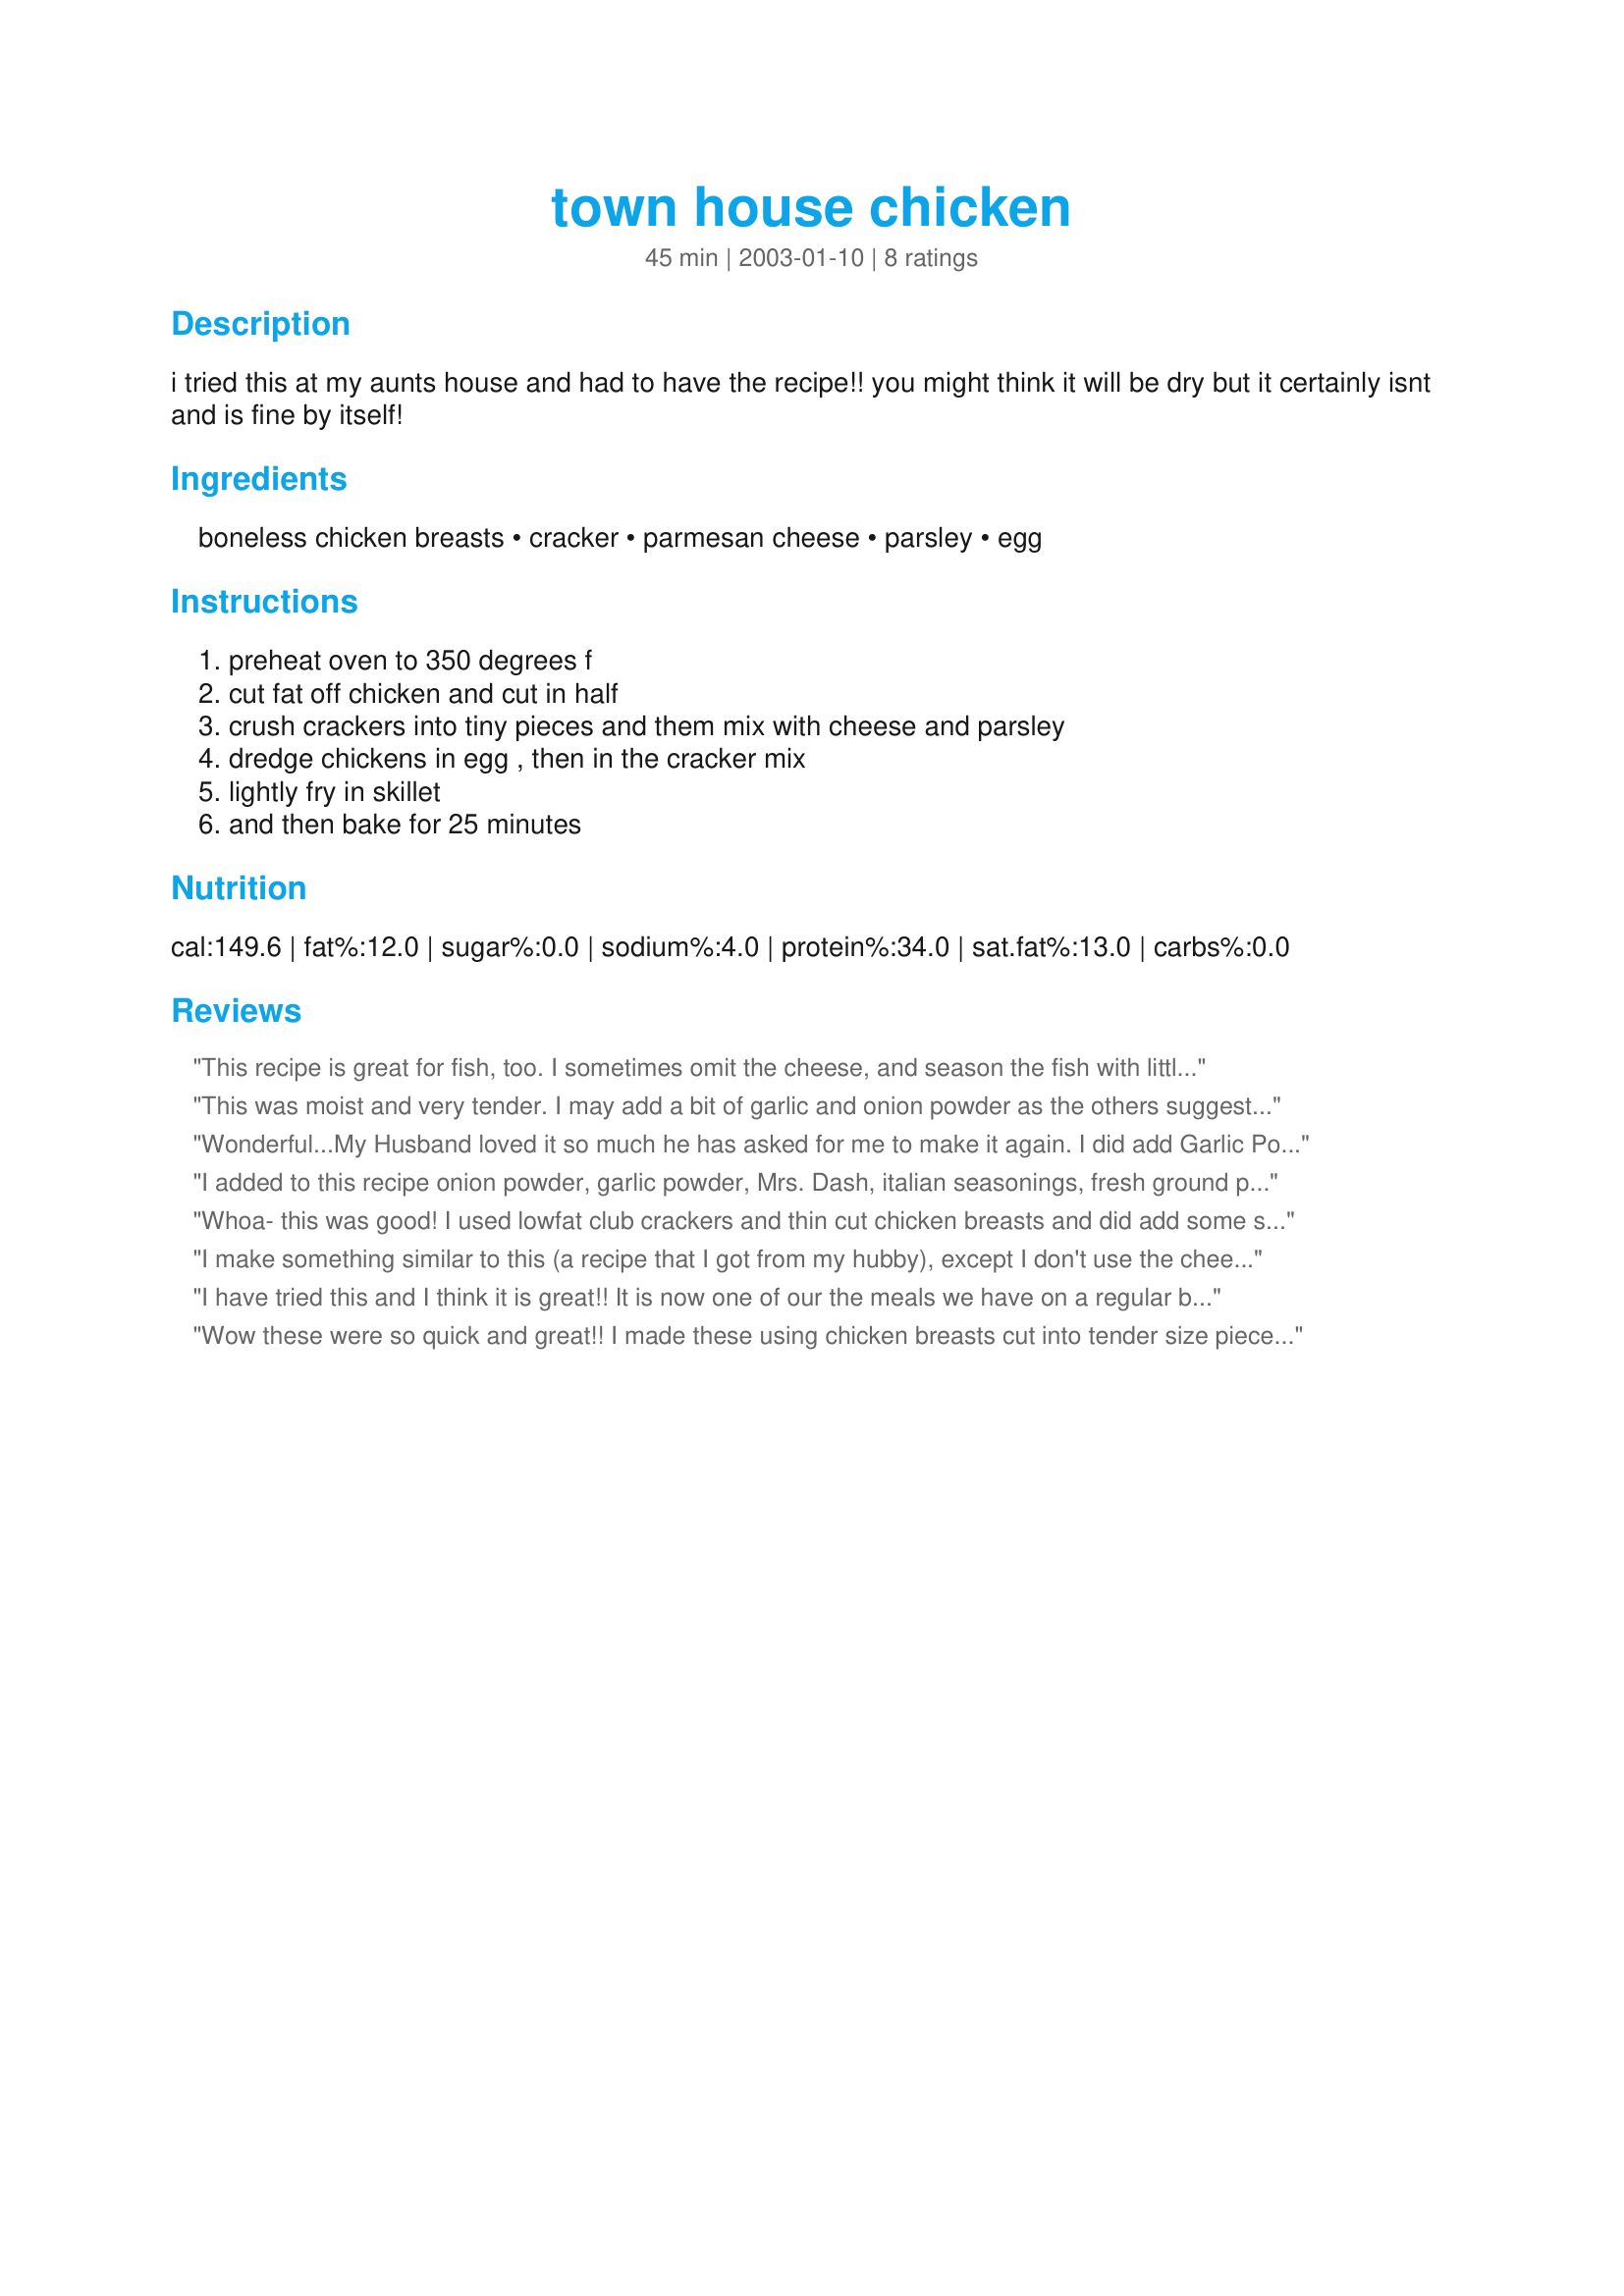
town house chicken
Preparation time: 45 minutes

i tried this at my aunts house and had to have the recipe!! you might think it will be dry but it certainly isnt and is fine by itself!

Ingredients:
boneless chicken breasts, cracker, parmesan cheese, parsley, egg

Steps:
preheat oven to 350 degrees f, cut fat off chicken and cut in half, crush crackers into tiny pieces and them mix with cheese and parsley, dredge chickens in egg , then in the cracker mix, lightly fry in skillet, and then bake for 25 minutes

Reviews:
This recipe is great for fish, too. I sometimes omit the cheese, and season the fish with little Old Bay. You only need to saute the fish, not bake it too.
This was moist and very tender. I may add a bit of garlic and onion powder as the others suggested, but it was also excellent just the way it was. Thank you.
Wonderful...My Husband loved it so much he has asked for me to make it again. I did add Garlic Powder. Thank You
I added to this recipe onion powder, garlic powder, Mrs. Dash, italian seasonings, fresh ground pepper. I also just finished up the chicken in the fry pan. A great, quick and easy and very tasty dish!
Whoa- this was good! I used lowfat club crackers and thin cut chicken breasts and did add some salt, pepper, garlic and onion powder to the crumbs. Easy, easy, tasty tasty. Can't wait to make again!
I make something similar to this (a recipe that I got from my hubby), except I don't use the cheese or parsley and don't bake it, simply saute it. Oh, and I use Ritz crackers, because hubby takes no imitations! But this was absolutly scrumptious. Very moist, and the cheese and herbs really added flavor to it. My hubby also loved it, which is impressive because he doesn't like much variety! Very good, will make again soon.
I have tried this and I think it is great!! It is now one of our the meals we have on a regular basis!! I just added a bit of onion powder and wow!!! Thanks for a great recipe Katrina!!!!!
Wow these were so quick and great!! I made these using chicken breasts cut into tender size pieces so they would cook quicker. I loved the crisp coating- my dh thought that next time i should add more seasonings to the mixture- but overall he gave them 5 stars too. Thanks so much for sharing this great recipe! I will have to make these again soon!
